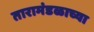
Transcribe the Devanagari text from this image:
तारामंडळाच्या